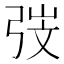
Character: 𭚱